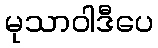
မုသာဝါဒီပေ